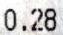
0.28